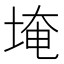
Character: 埯